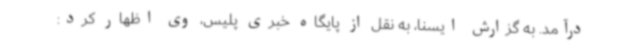
درآمد. به گزارش ایسنا، به نقل از پایگاه خبری پلیس، وی اظهار کرد: